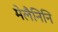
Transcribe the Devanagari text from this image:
मेलैनिनि